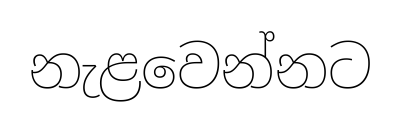
නැළවෙන්නට